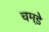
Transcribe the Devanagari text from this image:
चमडे़